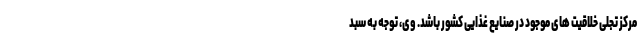
مرکز تجلی خلاقیت های موجود در صنایع غذایی کشور باشد. وی، توجه به سبد